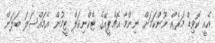
އެއީ ކޮވިޑް މަރެއް ނޫންކަމަށް ނިންމާ އެޗްޕީއޭގެ ޓެކްނިކަލް ޓީމުން އެމައްސަލަ ބަލަން